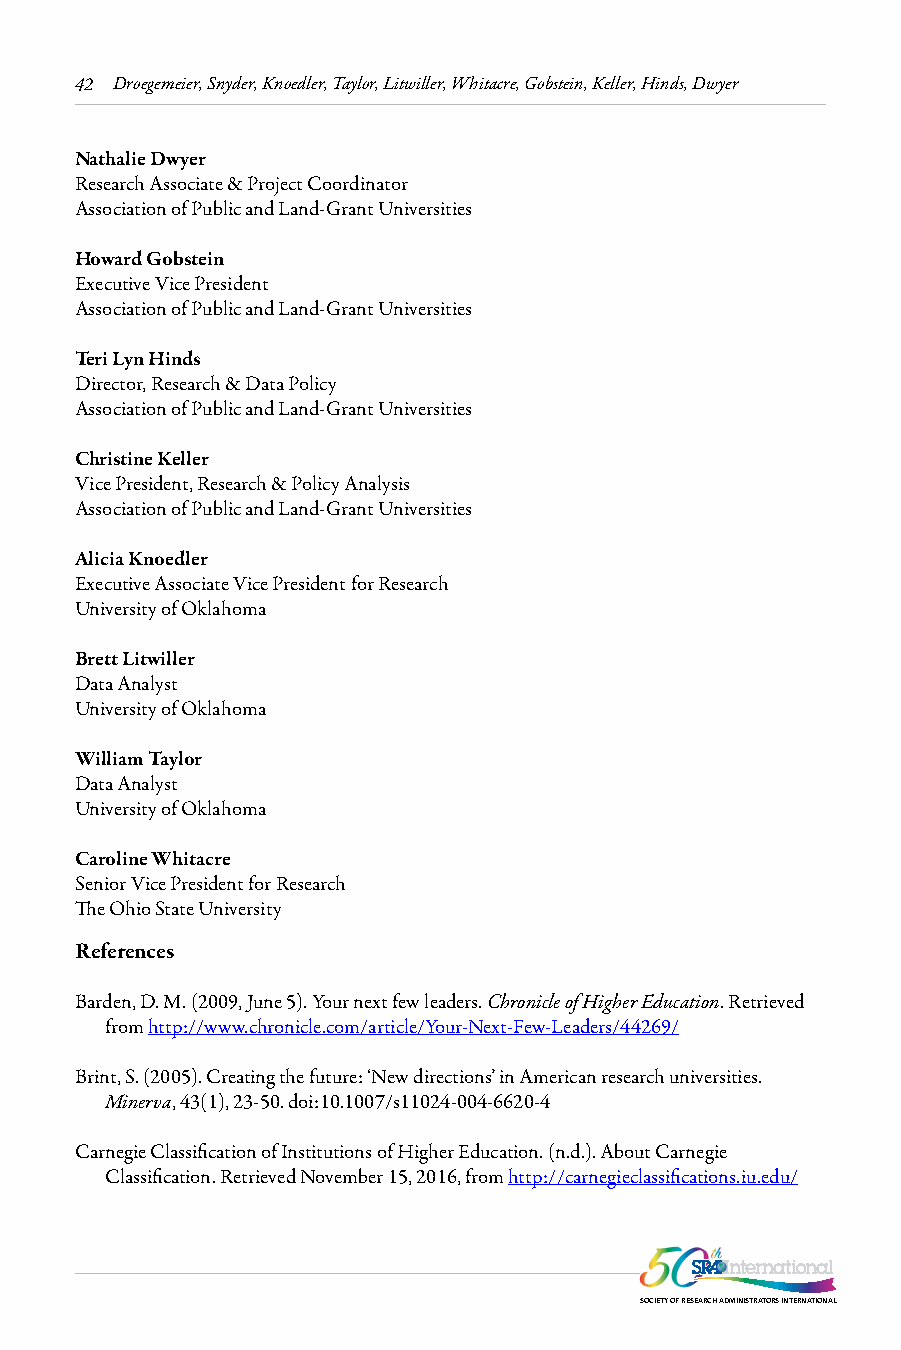
42 Droegemeier, Snyder, Knoedler, Taylor, Litwiller, Whitacre, Gobstein, Keller, Hinds, Dwyer
 Nathalie Dwyer
 Research Associate & Project Coordinator
 Association of Public and Land-Grant Universities
 Howard Gobstein
 Executive Vice President
 Association of Public and Land-Grant Universities
 Teri Lyn Hinds
 Director, Research & Data Policy
 Association of Public and Land-Grant Universities
 Christine Keller
 Vice President, Research & Policy Analysis
 Association of Public and Land-Grant Universities
 Alicia Knoedler
 Executive Associate Vice President for Research
 University of Oklahoma
 Brett Litwiller
 Data Analyst
 University of Oklahoma
 William Taylor
 Data Analyst
 University of Oklahoma
 Caroline Whitacre
 Senior Vice President for Research
 The Ohio State University
 References
 Barden, D. M. (2009, June 5). Your next few leaders. Chronicle of Higher Education. Retrieved
 from http://www.chronicle.com/article/Your-Next-Few-Leaders/44269/
 Brint, S. (2005). Creating the future: ‘New directions’ in American research universities.
 Minerva, 43(1), 23-50. doi:10.1007/s11024-004-6620-4
 Carnegie Classification of Institutions of Higher Education. (n.d.). About Carnegie
 Classification. Retrieved November 15, 2016, from http://carnegieclassifications.iu.edu/
 SOCIETY OF RESEARCH ADMINISTRATORS INTERNATIONAL